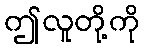
ဤလူတို့ကို